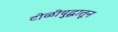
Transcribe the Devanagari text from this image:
टोळीयुद्धातून